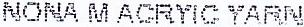
NONA M ACRYIC YARN